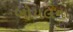
બોયલના